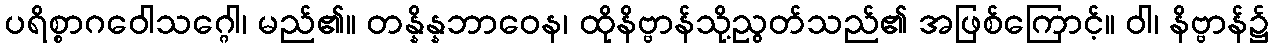
ပရိစ္စာဂဝေါသဂ္ဂေါ၊ မည်၏။ တန္နိန္နဘာဝေန၊ ထိုနိဗ္ဗာန်သို့ညွတ်သည်၏ အဖြစ်ကြောင့်။ ဝါ၊ နိဗ္ဗာန်၌